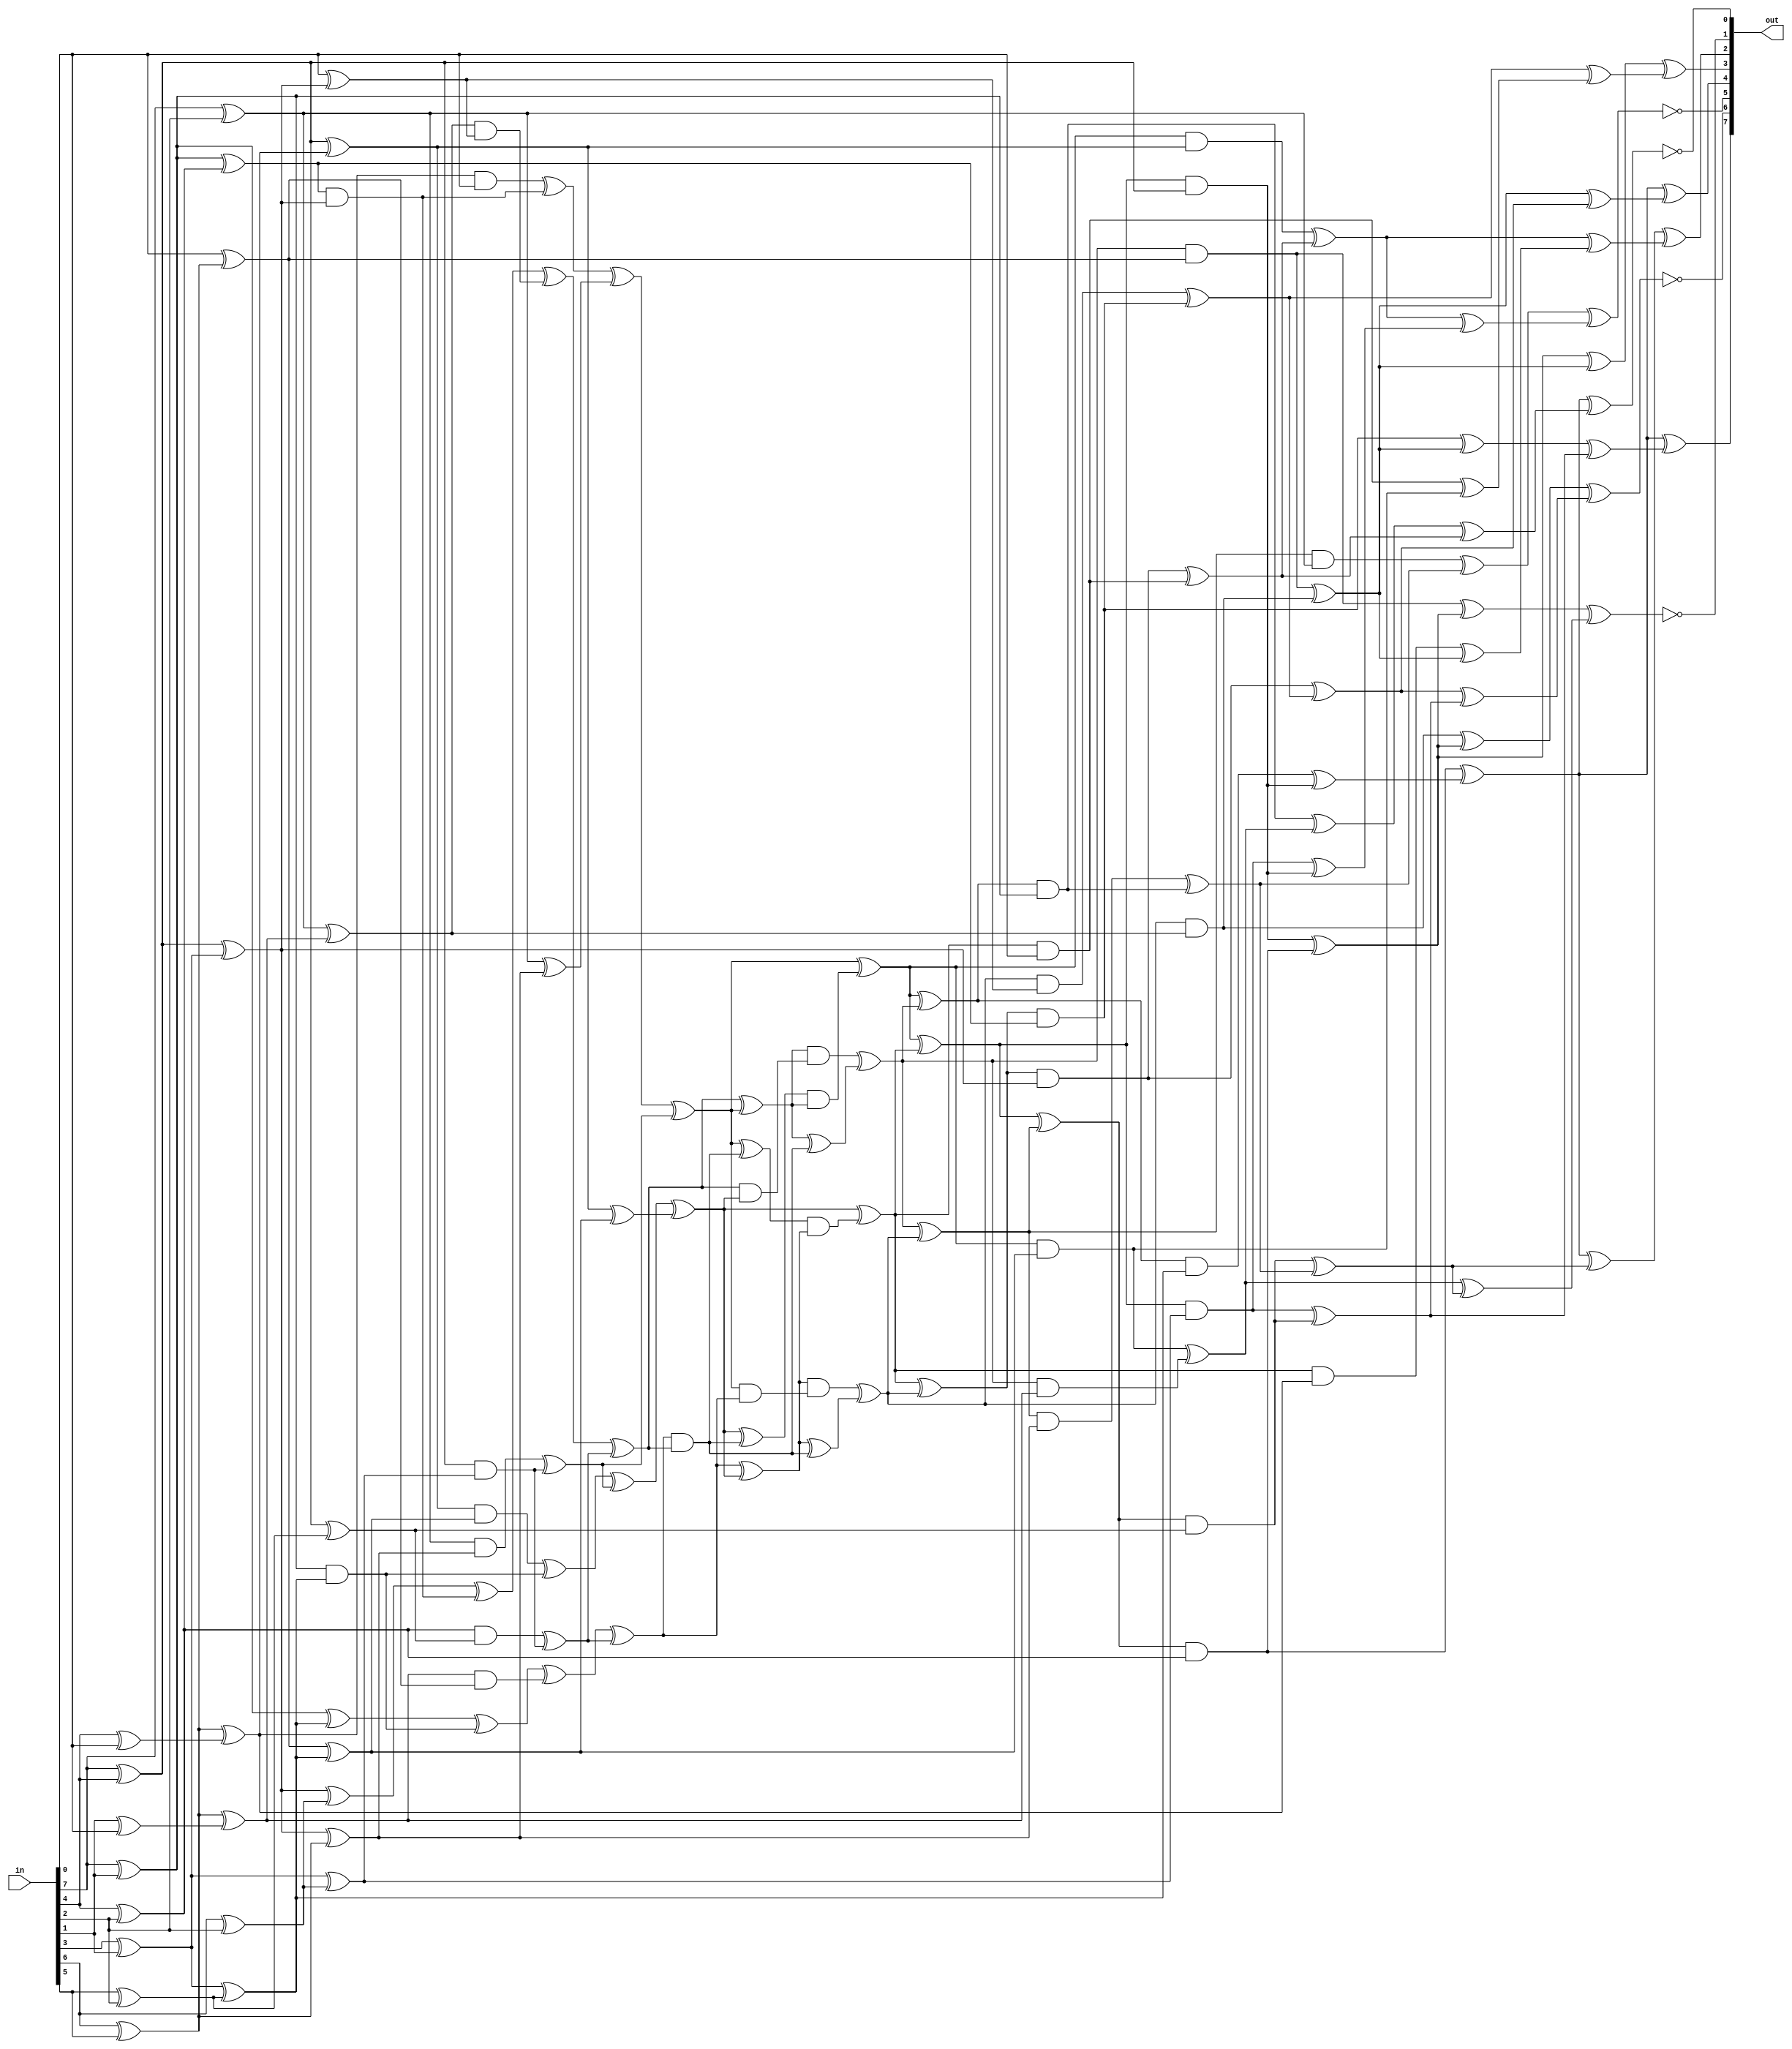
module sbox_bp_umsk(
    input [7:0] in,
    output [7:0] out
);

wire [7:0] u;

// reverse endianess
assign u[0] = in[7];
assign u[1] = in[6];
assign u[2] = in[5];
assign u[3] = in[4];
assign u[4] = in[3];
assign u[5] = in[2];
assign u[6] = in[1];
assign u[7] = in[0];

// Top linear transform forward
wire t1f = u[0] ^ u[3];
wire t2f = u[0] ^ u[5];
wire t3f = u[0] ^ u[6];
wire t4f = u[3] ^ u[5];
wire t5f = u[4] ^ u[6];
wire t6f = t1f ^ t5f;
wire t7f = u[1] ^ u[2];

wire t8f = u[7] ^ t6f;
wire t9f = u[7] ^ t7f;
wire t10f = t6f ^ t7f;
wire t11f = u[1] ^ u[5];
wire t12f = u[2] ^ u[5];
wire t13f = t3f ^ t4f;
wire t14f = t6f ^ t11f;

wire t15f = t5f ^ t11f;
wire t16f = t5f ^ t12f;
wire t17f = t9f ^ t16f;
wire t18f = u[3] ^ u[7];
wire t19f = t7f ^ t18f;
wire t20f = t1f ^ t19f;
wire t21f = u[6] ^ u[7];

wire t22f = t7f ^ t21f;
wire t23f = t2f ^ t22f;
wire t24f = t2f ^ t10f;
wire t25f = t20f ^ t17f;
wire t26f = t3f ^ t16f;
wire t27f = t1f ^ t12f;

// Top lineaar transform muxest1 = inverse ? t1b : t1f
wire t1 = t1f;
wire t2 = t2f;
wire t3 = t3f;
wire t4 = t4f;
wire t6 = t6f;
wire t8 = t8f;
wire t9 = t9f;
wire t10 = t10f;
wire t13 = t13f;
wire t14 = t14f;
wire t15 = t15f;
wire t16 = t16f;
wire t17 = t17f;
wire t19 = t19f;
wire t20 = t20f;
wire t22 = t22f;
wire t23 = t23f;
wire t24 = t24f;
wire t25 = t25f;
wire t26 = t26f;
wire t27 = t27f;

// Shared part
wire d = u[7];

wire m1 = t13 & t6;
wire m2 = t23 & t8;
wire m3 = t14 ^ m1;
wire m4 = t19 & d;
wire m5 = m4 ^ m1;
wire m6 = t3 & t16;
wire m7 = t22 & t9;
wire m8 = t26 ^ m6;
wire m9 = t20 & t17;
wire m10 = m9 ^ m6;
wire m11 = t1 & t15;
wire m12 = t4 & t27;
wire m13 = m12 ^ m11; 
wire m14 = t2 & t10;
wire m15 = m14 ^ m11;
wire m16 = m3 ^ m2;

wire m17 = m5 ^ t24;
wire m18 = m8 ^ m7;
wire m19 = m10 ^ m15;
wire m20 = m16 ^ m13;
wire m21 = m17 ^ m15;
wire m22 = m18 ^ m13;
wire m23 = m19 ^ t25;
wire m24 = m22 ^ m23;
wire m25 = m22 & m20;
wire m26 = m21 ^ m25;
wire m27 = m20 ^ m21;
wire m28 = m23 ^ m25;
wire m29 = m28 & m27;
wire m30 = m26 & m24;
wire m31 = m20 & m23;
wire m32 = m27 & m31;

wire m33 = m27 ^ m25; 
wire m34 = m21 & m22;
wire m35 = m24 & m34;
wire m36 = m24 ^ m25;
wire m37 = m21 ^ m29;
wire m38 = m32 ^ m33;
wire m39 = m23 ^ m30;
wire m40 = m35 ^ m36;
wire m41 = m38 ^ m40;
wire m42 = m37 ^ m39;
wire m43 = m37 ^ m38;
wire m44 = m39 ^ m40;
wire m45 = m42 ^ m41;
wire m46 = m44 & t6;
wire m47 = m40 & t8;
wire m48 = m39 & d; 

wire m49 = m43 & t16; 
wire m50 = m38 & t9;
wire m51 = m37 & t17;
wire m52 = m42 & t15;
wire m53 = m45 & t27;
wire m54 = m41 & t10;
wire m55 = m44 & t13;
wire m56 = m40 & t23;
wire m57 = m39 & t19;
wire m58 = m43 & t3;
wire m59 = m38 & t22;
wire m60 = m37 & t20;
wire m61 = m42 & t1;
wire m62 = m45 & t4;
wire m63 = m41 & t2;

// Bottom linear transform forward
wire l0 = m61 ^ m62;
wire l1 = m50 ^ m56;
wire l2 = m46 ^ m48;
wire l3 = m47 ^ m55;
wire l4 = m54 ^ m58;
wire l5 = m49 ^ m61;
wire l6 = m62 ^ l5;
wire l7 = m46 ^ l3;
wire l8 = m51 ^ m59;
wire l9 = m52 ^ m53;

wire l10 = m53 ^ l4;
wire l11 = m60 ^ l2;
wire l12 = m48 ^ m51;
wire l13 = m50 ^ l0;
wire l14 = m52 ^ m61;
wire l15 = m55 ^ l1;
wire l16 = m56 ^ l0;
wire l17 = m57 ^ l1;
wire l18 = m58 ^ l8;
wire l19 = m63 ^ l4;

wire l20 = l0 ^ l1;
wire l21 = l1 ^ l7;
wire l22 = l3 ^ l12;
wire l23 = l18 ^ l2;
wire l24 = l15 ^ l9;
wire l25 = l6 ^ l10;
wire l26 = l7 ^ l9;
wire l27 = l8 ^ l10;
wire l28 = l11 ^ l14;
wire l29 = l11 ^ l17;

wire s0 = l6 ^ l24;
wire s1 = ~(l16 ^ l26); 
wire s2 = ~(l19 ^ l28);
wire s3 = l6 ^ l21;
wire s4 = l20 ^ l22;
wire s5 = l25 ^ l29;
wire s6 = ~(l13 ^ l27);
wire s7 = ~(l6 ^ l23);

// Output muxes

assign out[7] = s0;
assign out[6] = s1;
assign out[5] = s2;
assign out[4] = s3;
assign out[3] = s4;
assign out[2] = s5;
assign out[1] = s6;
assign out[0] = s7;


endmodule